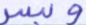
وبسر